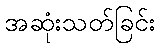
အဆုံးသတ်ခြင်း